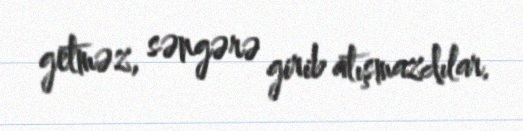
getməz, səngərə girib atışmazdılar.